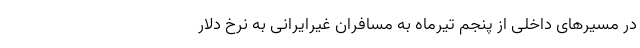
در مسیر‌های داخلی از پنجم تیرماه به مسافران غیرایرانی به نرخ دلار